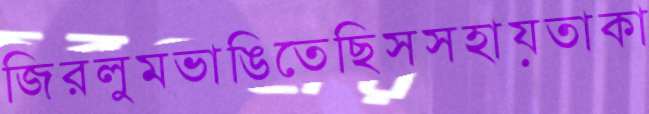
জিরলুমভাঙিতেছিসসহায়তাকা